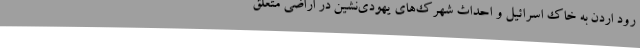
رود اردن به خاک اسرائیل و احداث شهرک‌های یهودی‌نشین در اراضی متعلق